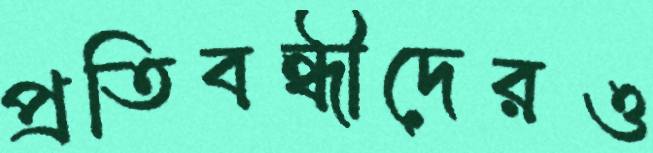
প্রতিবন্ধীদেরও